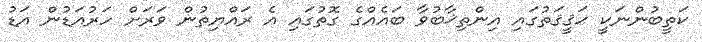
ކަތީބުންނަކީ ޙަޤީޤަތުގައި އިންތިޚާބުވާ ބައެއްގެ ގޮތުގައި އެ ރައްޔިތުން ވަރަށް ހަރުއަޑުން އަޑު